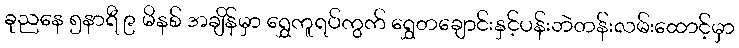
ခုညနေ ၅နာရီ ၉ မိနစ် အချိန်မှာ ရွှေကူရပ်ကွက် ရွှေတချောင်းနှင့်ပန်းဘဲတန်းလမ်းထောင့်မှာ